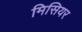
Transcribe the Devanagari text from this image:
मिसियर